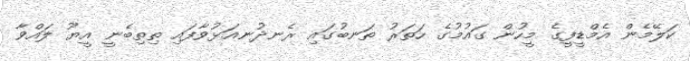
ކަލޭމެން އެމްޑީފީގެ މީހުން ގައުމުގެ ހަތަރު ތަނބުގައި ރެނދުނއަޅުވާފައި ތިތިބެނީ އީޔޫ ލައްވާ